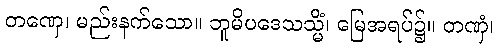
တဏှေ၊ မည်းနက်သော။ ဘူမိပဒေသသ္မိံ၊ မြေအရပ်၌။ တဏှံ၊